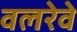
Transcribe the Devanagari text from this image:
वलरेवे